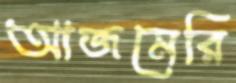
আজমেরি